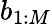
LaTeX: b_{1:M}